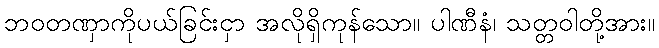
ဘဝတဏှာကိုပယ်ခြင်းငှာ အလိုရှိကုန်သော။ ပါဏီနံ၊ သတ္တဝါတို့အား။